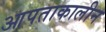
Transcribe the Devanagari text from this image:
आपताकालीन